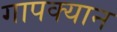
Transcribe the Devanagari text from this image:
गापक्यान